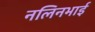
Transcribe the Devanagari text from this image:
नलिनभाई